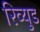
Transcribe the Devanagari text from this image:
रिव्युड